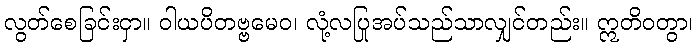
လွတ်စေခြင်းငှာ။ ဝါယပိတဗ္ဗမေဝ၊ လုံ့လပြုအပ်သည်သာလျှင်တည်း။ ဣတိဝတွာ၊